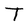
Character: T